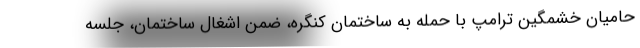
حامیان خشمگین ترامپ با حمله به ساختمان کنگره، ضمن اشغال ساختمان، جلسه